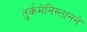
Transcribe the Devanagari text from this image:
तुर्कमेनिस्तानने